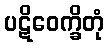
ပဋိဝေက္ခိတုံ